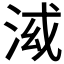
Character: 𣴤